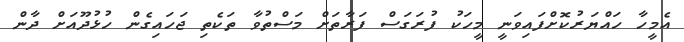
އެމީހާ ހައްޔަރުކޮށްފައިވަނީ މީހަކު ފުރަގަސް ފަރާތަށް މަސްތުވާ ތަކެތި ޖަހައިގެން ހުޅުދޫއަށް ދާން